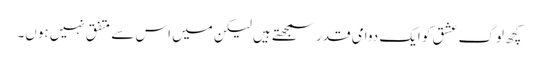
کچھ لوگ عشق کو ایک دوامی قدر سمجھتے ہیں لیکن میں اس سے متفق نہیں ہوں۔